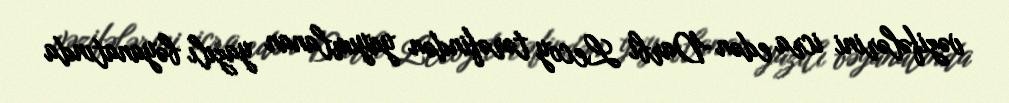
vəzifələrini icra edən Darbi Lecoy tərəfindən yayımlanan yazılı bəyanatında